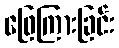
ဖြေကြားခြင်း